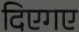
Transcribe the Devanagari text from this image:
दिएगए